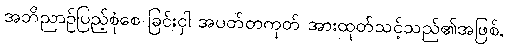
အဘိညာဉ်ပြည့်စုံစေ ခြင်းငှါ အပတ်တကုတ် အားထုတ်သင့်သည်၏အဖြစ်,